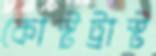
কোস্টট্রাস্ট